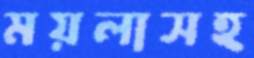
ময়লাসহ